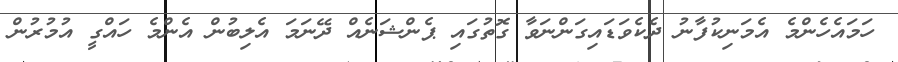
ހަމައެހެންމެ އެމަނިކުފާނު ދެެކެވަޑައިގަންނަވާ ގޮތުގައި ޕެންޝަނެއް ދޭނަމަ އެލިބުން އެންމެ ހައްގީ އުމުރުން